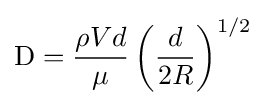
\mathrm {D} ={\frac {\rho Vd}{\mu }}\left({\frac {d}{2R}}\right)^{1/2}